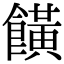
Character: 𩞩